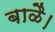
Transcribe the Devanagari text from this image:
बाळै।